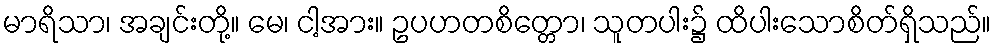
မာရိသာ၊ အချင်းတို့။ မေ၊ ငါ့အား။ ဥပဟတစိတ္တော၊ သူတပါး၌ ထိပါးသောစိတ်ရှိသည်။